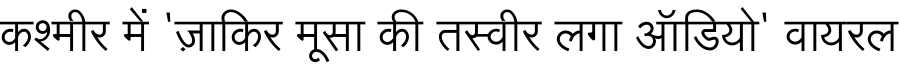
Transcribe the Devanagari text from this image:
कश्मीर में 'ज़ाकिर मूसा की तस्वीर लगा ऑडियो' वायरल